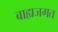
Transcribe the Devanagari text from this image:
बाह्यजगत